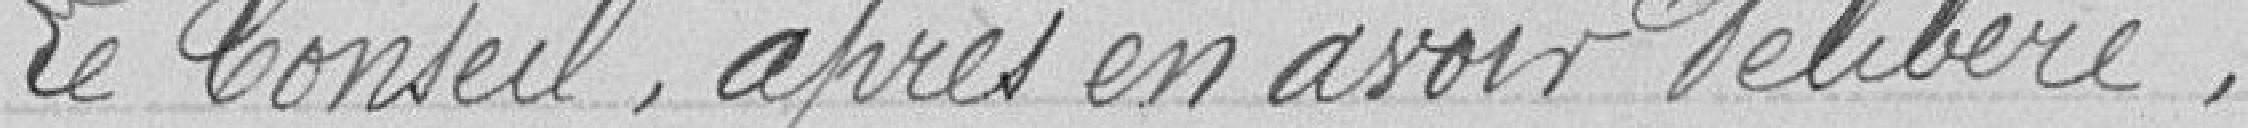
Le Conseil, après en avoir délibéré,